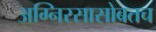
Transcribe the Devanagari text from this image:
अग्निरसासोबतच